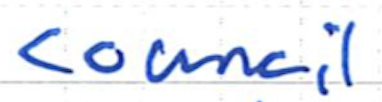
Text: council
Cross-out: clean
Writing tool: ballpoint